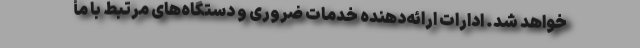
خواهد شد. ادارات ارائه‌دهنده خدمات ضروری و دستگاه‌های مرتبط با مأ